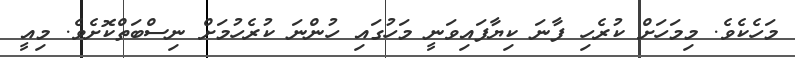
މަހެކެވެ. މިމަހަށް ކުރެހި ފާނަ ކިޔާފައިވަނީ މަހުގައި ހުންނަ ކުރެހުމަށް ނިސްބަތްކޮށެވެ. މިއީ